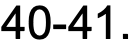
40-41.